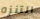
التنزه